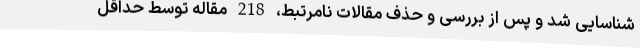
شناسایی شد و پس از بررسی و حذف مقالات نامرتبط، 218 مقاله توسط حداقل